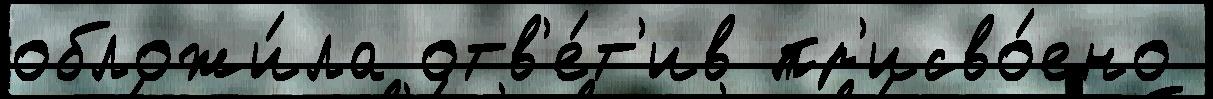
обложи́ла отв'е́т'ив пр'исво́ено